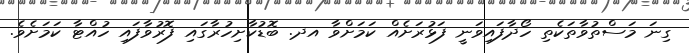
ގިނަ މަސްތުވާތަކެތި ހޯދާފައިވަނީ ފަޅުރަށެއް ކަމަށްވާ އދ. ބޮޑުކާށިހުރާގައި ފޮރުވާފައި ހުއްޓާ ކަމަށެވެ.